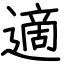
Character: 適